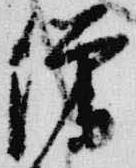
僧